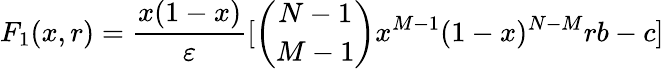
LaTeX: F_{1}(x,r)=\frac{x(1-x)}{\varepsilon}[\binom{N-1}{M-1}x^{M-1}(1-x)^{N-M}rb-c]